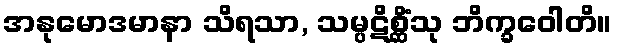
အနုမောဒမာနာ သိရသာ, သမ္ပဋိစ္ဆိံသု ဘိက္ခဝေါတိ။